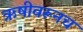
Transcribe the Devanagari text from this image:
ऋषीवरूनच